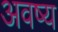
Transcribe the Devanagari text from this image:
अवष्य